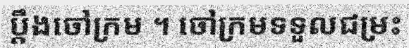
ប្តឹងចៅក្រម ។ ចៅក្រមទទួលជម្រះ